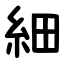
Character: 細